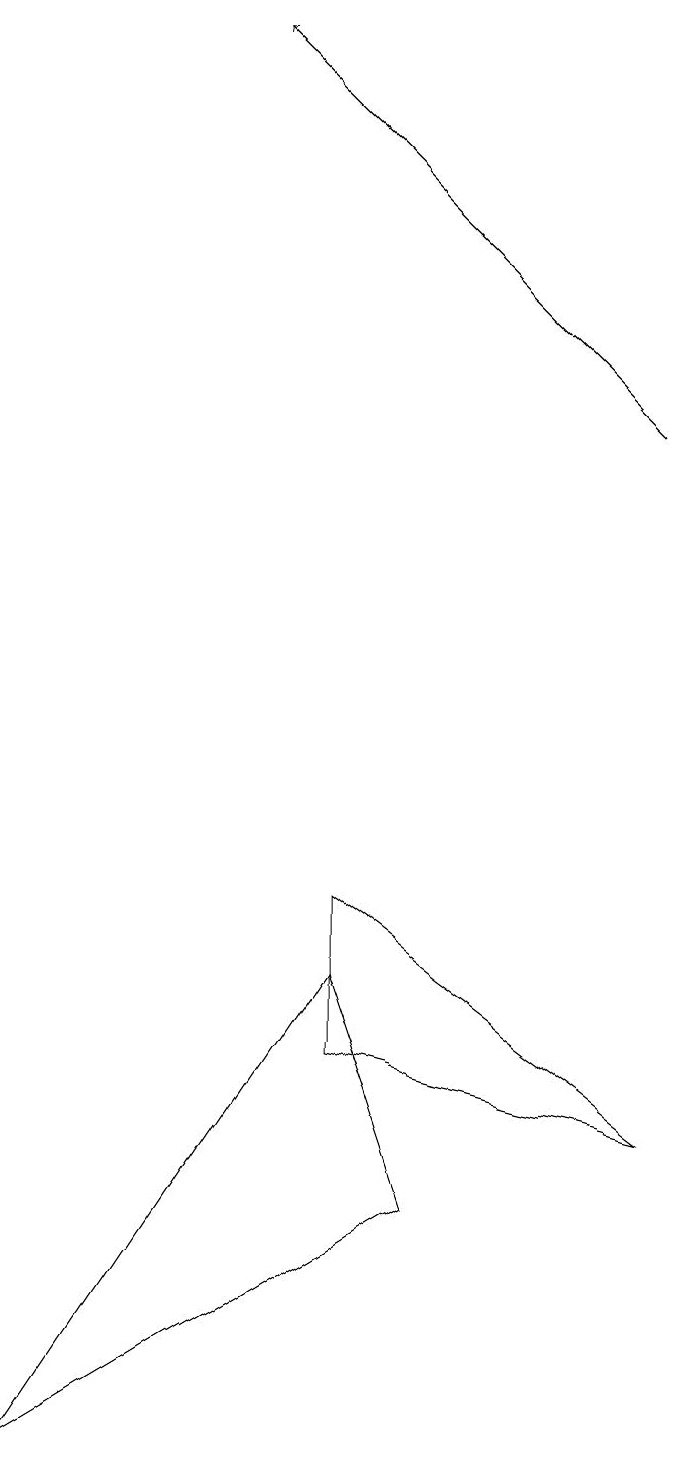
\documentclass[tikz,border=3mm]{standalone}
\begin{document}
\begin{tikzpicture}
\draw (5,7) -- (9,4) -- (5,5) -- cycle;
\draw (6,3) -- (5,6) -- (1,0) -- cycle;
\draw[->] (9,13) -- (4,18);
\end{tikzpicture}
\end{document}